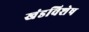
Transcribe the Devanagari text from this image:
खंडविशेष